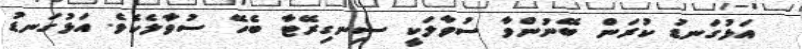
އަޅުގަނޑު ކުރަން ބޭނުންވާ ސުވާލަކީ ސިނގިރޭޓާ ބެހޭ ސުވާލެކެވެ. އަޅުގަނޑު